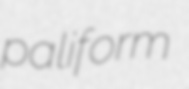
paliform